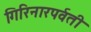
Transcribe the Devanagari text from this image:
गिरिनारपर्वती